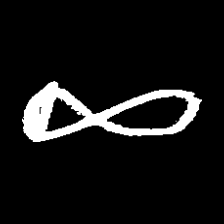
Pyu character \u2014 Myanmar letter: ဆ (romanized: cha)